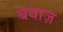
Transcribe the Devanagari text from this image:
बवाज़